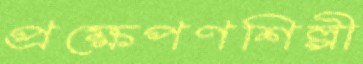
প্রক্ষেপণশিল্পী